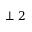
\perp 2